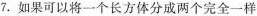
7.如果可以将一个长方体分成两个完全一样